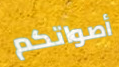
أصواتكم